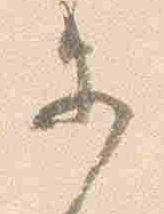
等